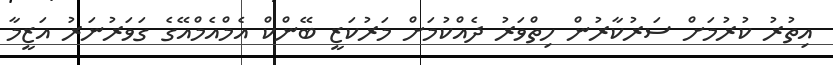
އިތުރު ކުރުމަށް ސަރުކާރުން ހިތްވަރު ދެއްކުމަށް މަރުކަޒީ ބޭންކް އެމްއެމްއޭގެ ގަވަރުނަރު އަޒީމާ